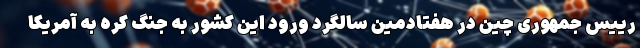
رییس جمهوری چین در هفتادمین سالگرد ورود این کشور به جنگ کره به آمریکا